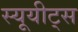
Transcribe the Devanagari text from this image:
स्यूयीट्स